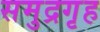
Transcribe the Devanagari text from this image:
समुद्रगृह